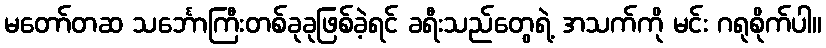
မတော်တဆ သင်္ဘောကြီးတစ်ခုခုဖြစ်ခဲ့ရင် ခရီးသည်တွေရဲ့ အသက်ကို မင်း ဂရုစိုက်ပါ။